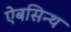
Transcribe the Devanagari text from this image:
ऐबसिन्थ